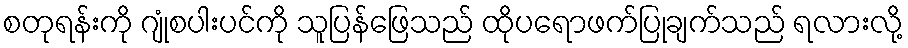
စတုရန်းကို ဂျုံစပါးပင်ကို သူပြန်ဖြေသည် ထိုပရောဖက်ပြုချက်သည် ရလားလို့